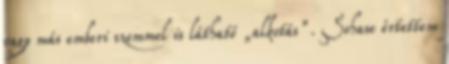
vagy más emberi szemmel is látható „alkotás”. Sohase értettem